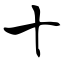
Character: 十